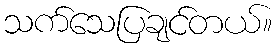
သက်သေပြချင်တယ်။